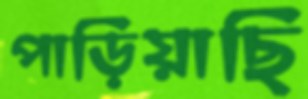
পাড়িয়াছি